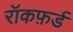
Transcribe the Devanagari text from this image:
रॉकफ़र्ड